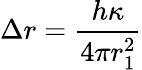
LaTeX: \Delta r=\frac{h\kappa}{4\pi r_{1}^{2}}